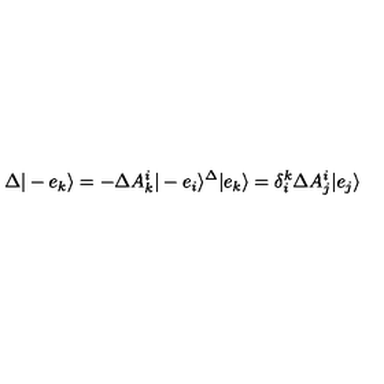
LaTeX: \Delta | - e _ { k } \rangle = - \Delta A _ { k } ^ { i } | - e _ { i } \rangle \sp \Delta | e _ { k } \rangle = \delta _ { i } ^ { k } \Delta A _ { j } ^ { i } | e _ { j } \rangle